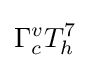
\Gamma _{c}^{v}T_{h}^{7}